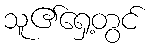
သူ၏ရှေ့တွင်